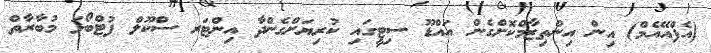
(އެފްއޭއެމް) އިން އިންތިޒާމްކޮށްގެން އައްޑޫ ސިޓީގައި ކުރިޔަށްގެންދާ އިންޓަރ ސްކޫލް ފުޓްބޯޅަ މުބާރާތް